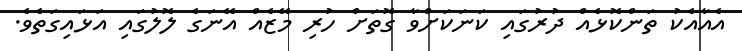
އެއާއެކު ތަންކޮޅެއް ދުރުގައި ކަނަކަށްވާ ގޮތަށް ހުރި މޭޒެއް އޭނަގެ ލޮލުގައި އަޅައިގަތެވެ.